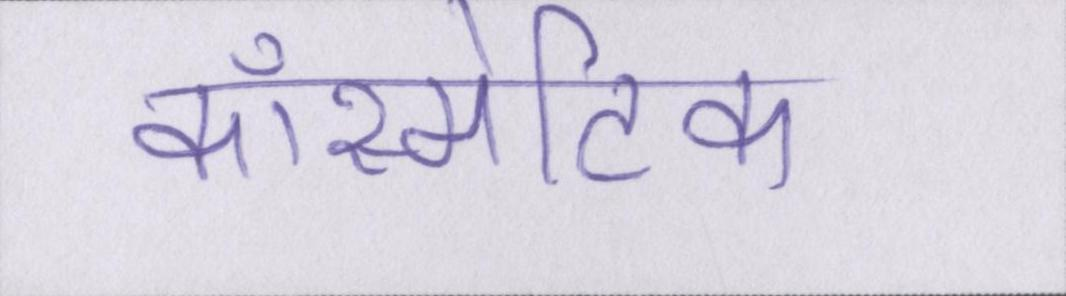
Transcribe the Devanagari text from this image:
कॉस्मेटिक